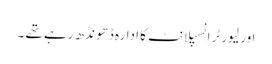
اور لیور ٹرانسپلانٹ کا ادارہ ڈھونڈھ رہے تھے ۔